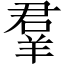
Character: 羣